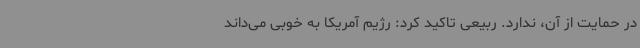
در حمایت از آن، ندارد. ربیعی تاکید کرد: رژیم آمریکا به خوبی می‌داند